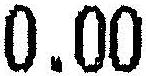
0.00